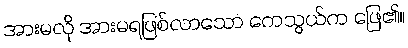
အားမလို အားမရဖြစ်လာသော ကေသွယ်က ဖြေ၏။